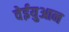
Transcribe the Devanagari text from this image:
वेईयुआन